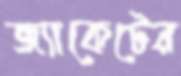
জ্যাকেটের